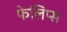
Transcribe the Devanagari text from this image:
फेलिप्स